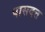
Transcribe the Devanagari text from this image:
पासदत्त